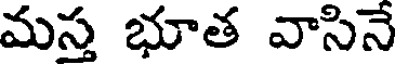
మస్త భూత వాసినే